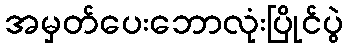
အမှတ်ပေးဘောလုံးပြိုင်ပွဲ